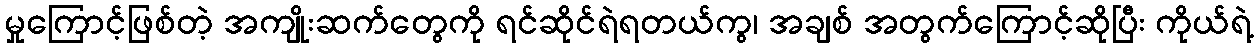
မှုကြောင့်ဖြစ်တဲ့ အကျိုးဆက်တွေကို ရင်ဆိုင်ရဲရတယ်ကွ၊ အချစ် အတွက်ကြောင့်ဆိုပြီး ကိုယ်ရဲ့